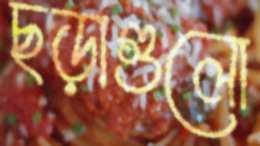
ছড়াগুলো